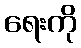
ရေးကို